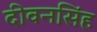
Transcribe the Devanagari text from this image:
दीवनसिंह